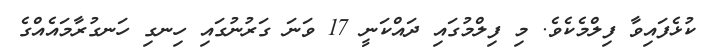
ކުޅެފައިވާ ފިލްމެކެވެ. މި ފިލްމުގައި ދައްކަނީ 17 ވަނަ ގަރުނުގައި ހިނގި ހަނގުރާމައެއްގެ